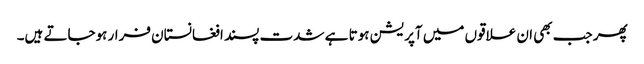
پھر جب بھی ان علاقوں میں آپریشن ہوتا ہے شدت پسند افغانستان فرار ہوجاتے ہیں۔